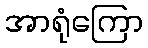
အာရုံကြော